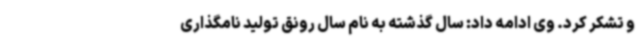
و تشکر کرد. وی ادامه داد: سال گذشته به نام سال رونق تولید نامگذاری